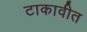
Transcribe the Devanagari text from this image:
टाकावीत